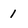
Character: 1